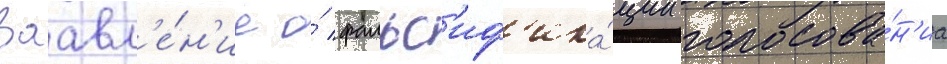
Заавл'е́н'ие о́ фальс'иф'ика́ции голосова́н'иа